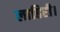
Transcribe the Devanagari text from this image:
लाहिरी।